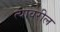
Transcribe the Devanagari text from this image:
त्‍यावरील